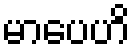
မာပေဟိ